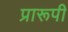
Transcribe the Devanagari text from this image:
प्रारूपी